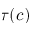
\tau ( c )